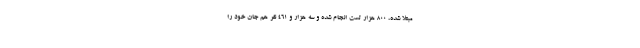
مبتلا شده، ۸۰۰ هزار تست انجام شده و سه هزار و ٤٦١ نفر هم جان خود را